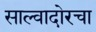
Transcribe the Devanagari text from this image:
साल्वादोरचा